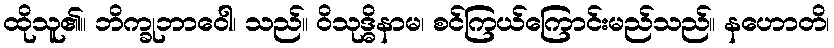
ထိုသူ၏။ ဘိက္ခုဘာဝေါ၊ သည်။ ဝိသုဒ္ဓိနာမ၊ စင်ကြယ်ကြောင်းမည်သည်။ နဟောတိ၊